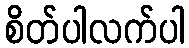
စိတ်ပါလက်ပါ